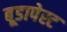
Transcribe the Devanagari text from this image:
बूडापेस्ट